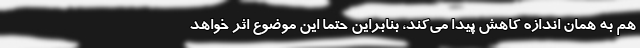
هم به همان اندازه کاهش پیدا می‌کند، بنابراین حتما این موضوع اثر خواهد